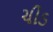
ચીડ